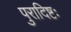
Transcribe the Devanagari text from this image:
पुरादिष्टः